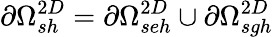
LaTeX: \partial\Omega_{sh}^{2D}=\partial\Omega_{seh}^{2D}\cup\partial\Omega_{sgh}^{2D}